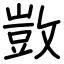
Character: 敳